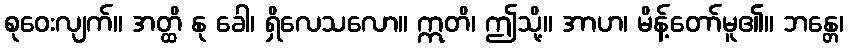
စုဝေးလျက်။ အတ္ထိ နု ခေါ၊ ရှိလေသလော။ ဣတိ၊ ဤသို့။ အာဟ၊ မိန့်တော်မူ၏။ ဘန္တေ၊